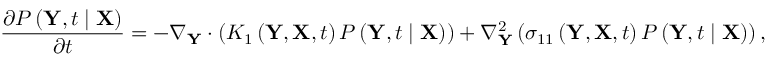
\frac { \partial P \left( \mathbf { Y } , t \mid \mathbf { X } \right) } { \partial t } = - \nabla _ { \mathbf { Y } } \cdot \left( K _ { 1 } \left( \mathbf { Y } , \mathbf { X } , t \right) P \left( \mathbf { Y } , t \mid \mathbf { X } \right) \right) + \nabla _ { \mathbf { Y } } ^ { 2 } \left( \sigma _ { 1 1 } \left( \mathbf { Y } , \mathbf { X } , t \right) P \left( \mathbf { Y } , t \mid \mathbf { X } \right) \right) ,